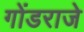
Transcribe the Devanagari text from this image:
गोंडराजे